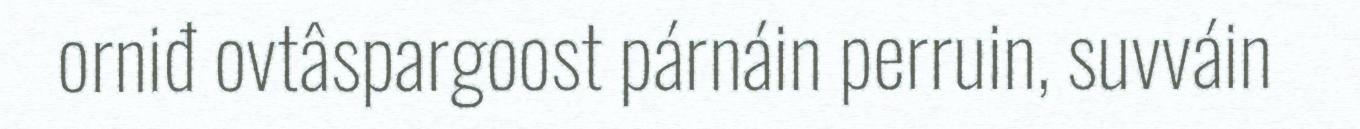
orniđ ovtâspargoost párnáin perruin, suvváin